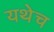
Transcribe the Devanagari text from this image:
यथेच